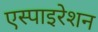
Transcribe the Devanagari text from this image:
एस्पाइरेशन